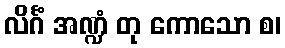
လိင်္ဂံ အဏ္ဍံ တု ကောသော စ၊